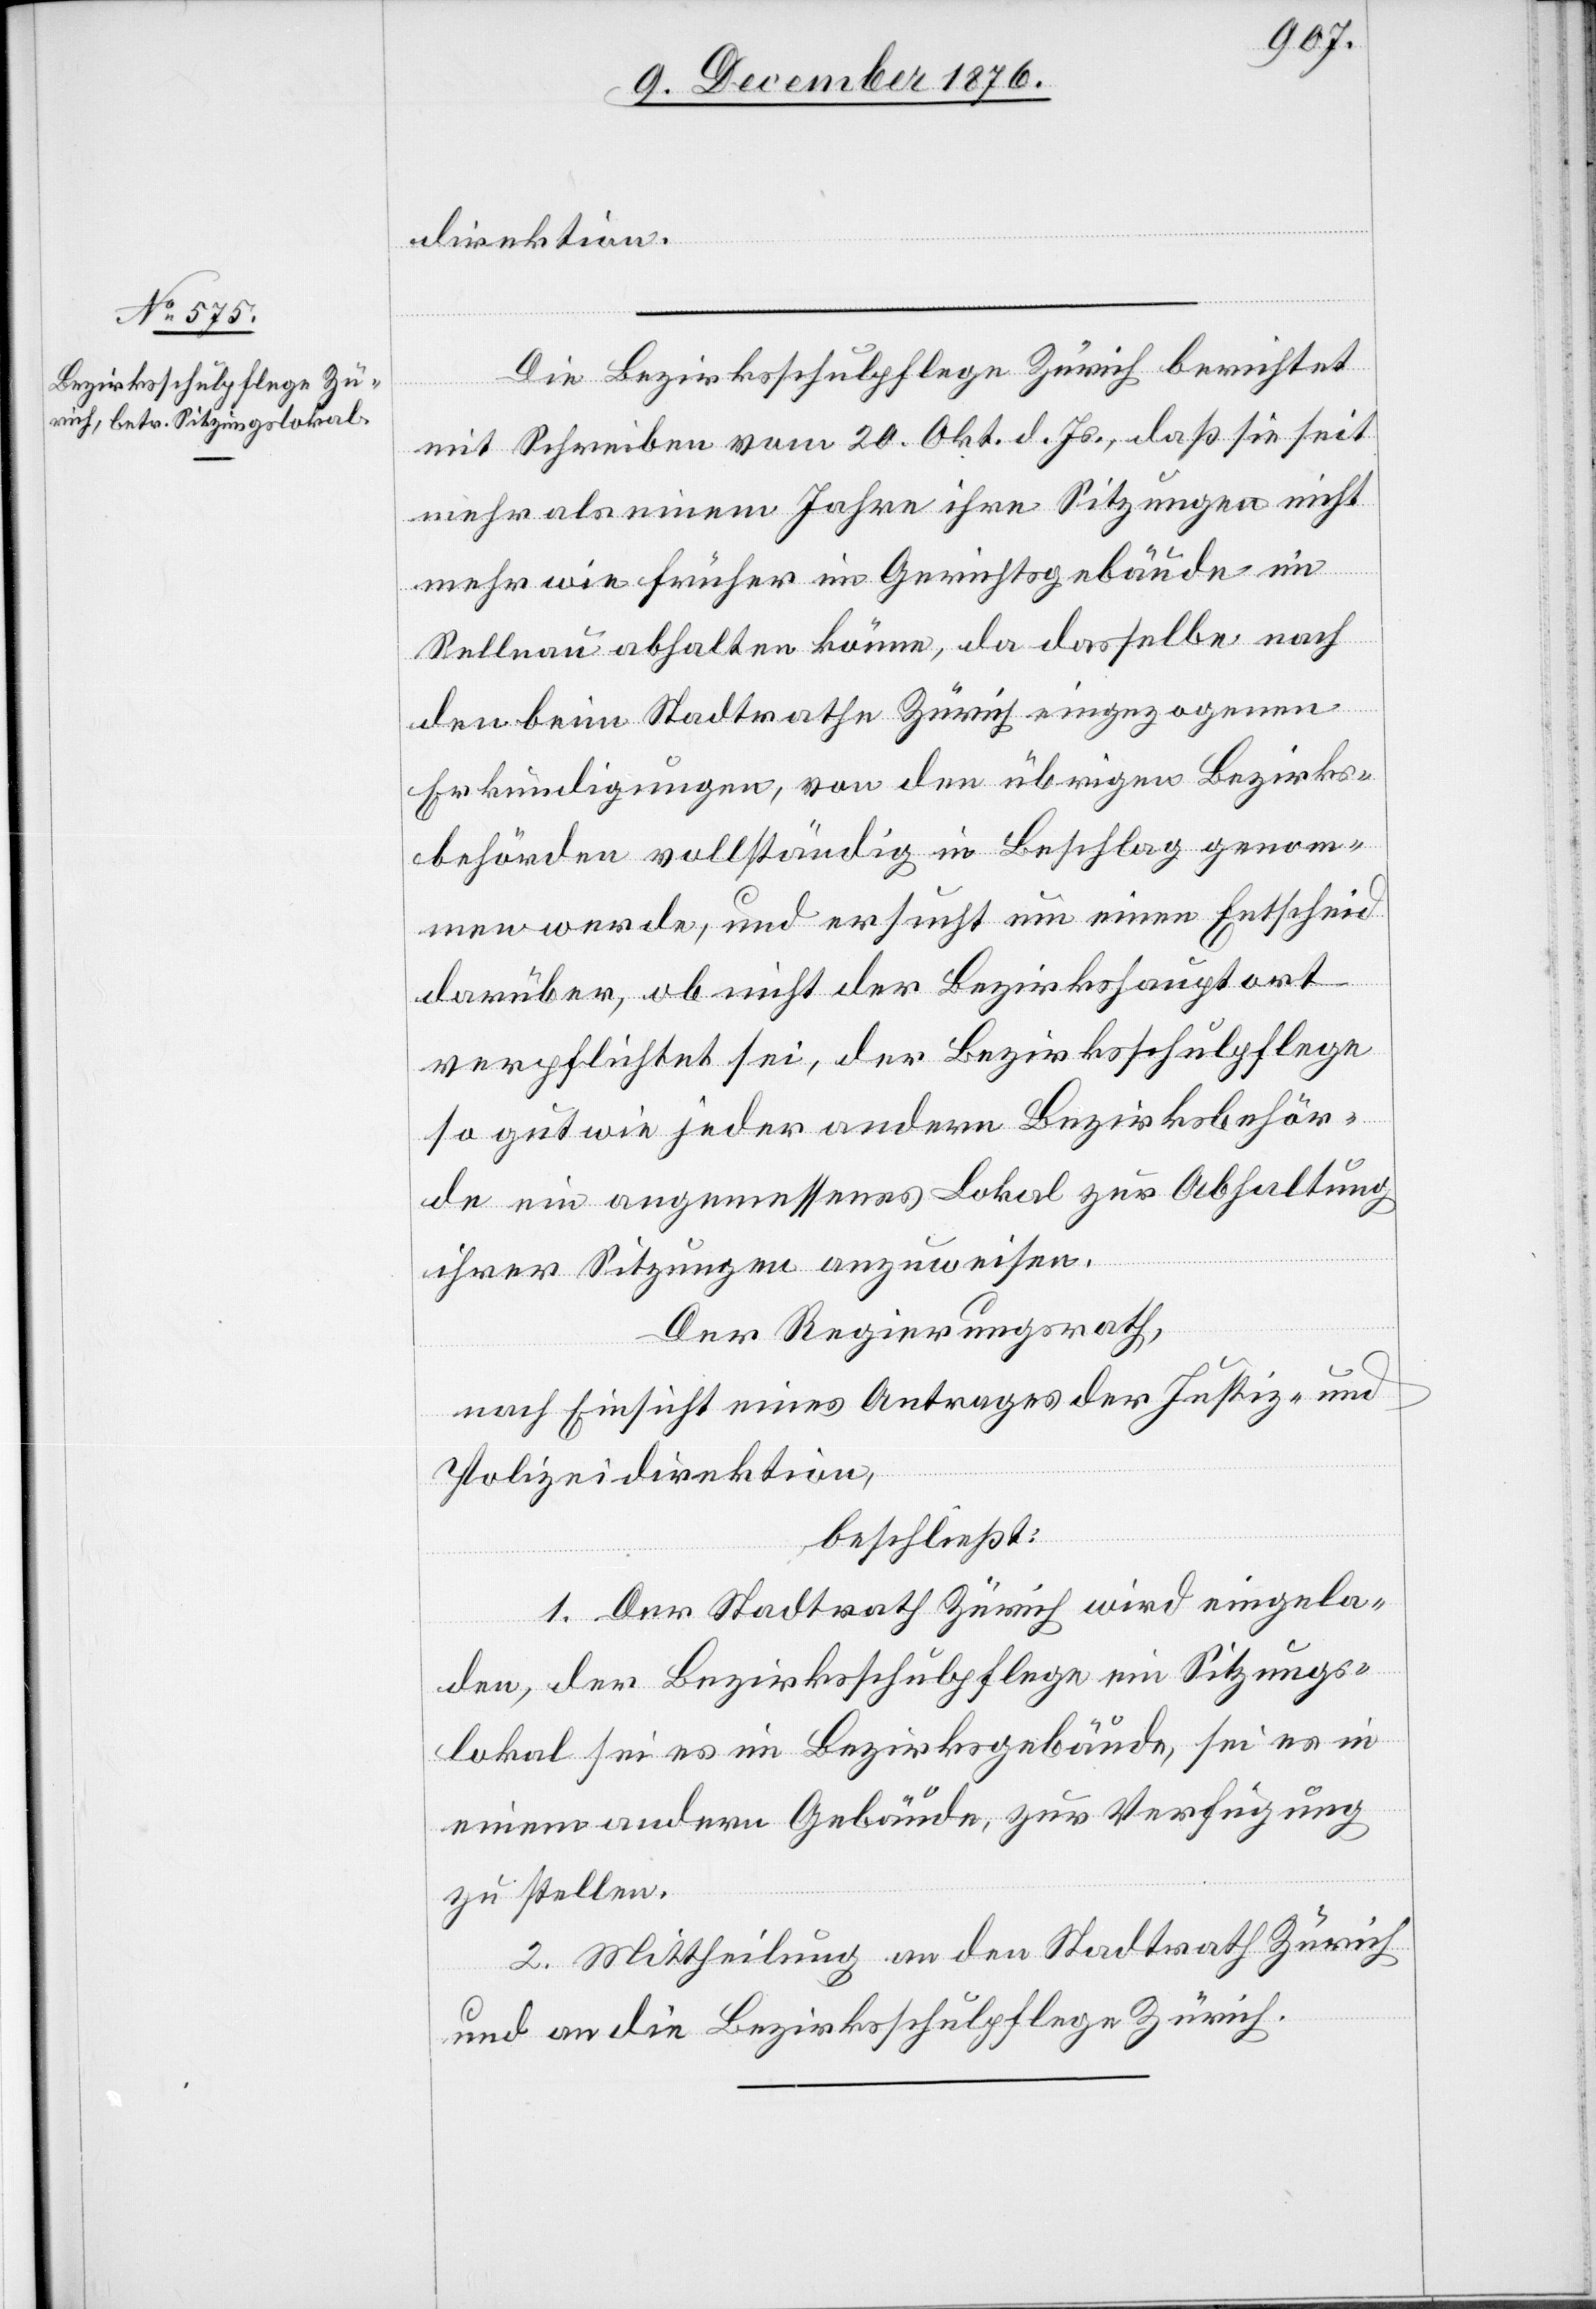
direktion.
Die Bezirksschulpflege Zürich berichtet
mit Schreiben vom 20. Okt. d. Js., daß sie seit
mehr als einem Jahre ihre Sitzungen nicht
mehr wie früher im Gerichtsgebäude in
Sellnau abhalten könne, da dasselbe nach
den beim Stadtrathe Zürich eingezogenen
Erkundigungen, von den übrigen Bezirks¬
behörden vollständig in Beschlag genom¬
men werde, und ersucht um einen Entscheid
darüber, ob nicht der Bezirkshauptort
verpflichtet sei, der Bezirksschulpflege
so gut wie jeder andern Bezirksbehör¬
de ein angemessenes Lokal zur Abhaltung
ihrer Sitzungen anzuweisen.
Der Regierungsrath,
nach Einsicht eines Antrages der Justiz- und
Polizeidirektion,
beschließt:
1. Der Stadtrath Zürich wird eingela¬
den, der Bezirksschulpflege ein Sitzungs¬
lokal sei es im Bezirksgebäude, sei es in
einem andern Gebäude, zur Verfügung
zu stellen.
2. Mittheilung an den Stadtrath Zürich
und an die Bezirksschulpflege Zürich.